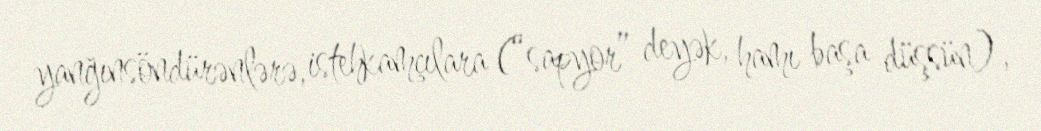
yanğınsöndürənlərə, istehkamçılara (“sapyor” deyək, hamı başa düşsün),